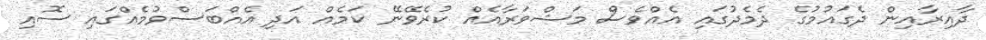
ދާއިރާއިން ދެގައުމުގެ ދެމެދުގައި އެއްވެސް މަޝްވަރާއެއް ކުރެވޭނޭ ކަމެއް އަދި އެއްބަސްވުމެއްގައި ސޮއި